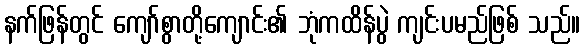
နက်ဖြန်တွင် ကျော်စွာတို့ကျောင်း၏ ဘုံကထိန်ပွဲ ကျင်းပမည်ဖြစ် သည်။